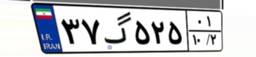
۹۳گ۰۰۰۲۲